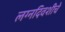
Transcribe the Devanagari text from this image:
लग्नदिवशीचे